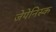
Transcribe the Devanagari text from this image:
जेपेनिस्क